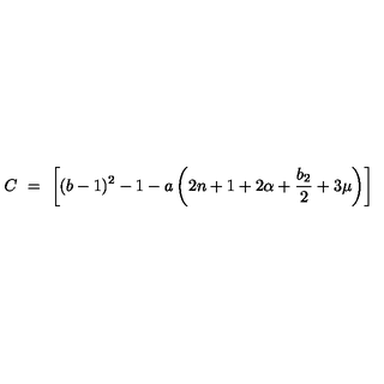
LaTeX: C \ = \ \left[ ( b - 1 ) ^ { 2 } - 1 - a \left( 2 n + 1 + 2 \alpha + \frac { b _ { 2 } } { 2 } + 3 \mu \right) \right]